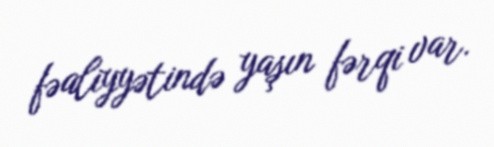
fəaliyyətində yaşın fərqi var.